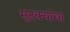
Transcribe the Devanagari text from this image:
मुटक्यांचा